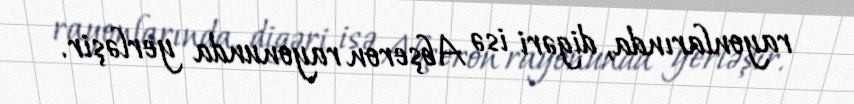
rayonlarında, digəri isə Abşeron rayonunda yerləşir.